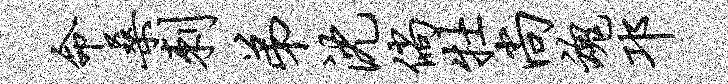
命桑刺弟沈倘牡尚魂邛